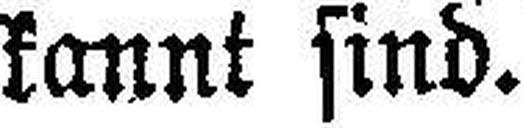
kannt sind.